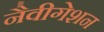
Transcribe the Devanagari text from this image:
नैवीगेशन